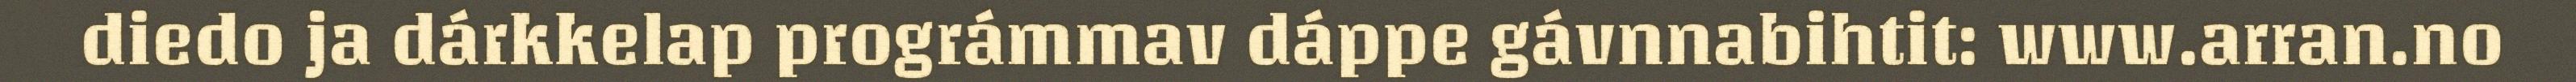
diedo ja dárkkelap prográmmav dáppe gávnnabihtit: www.arran.no